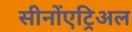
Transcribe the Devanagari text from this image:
सीनोंएट्रिअल